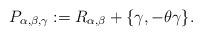
LaTeX: \begin{align*}P_{\alpha,\beta,\gamma} := R_{\alpha, \beta} + \{\gamma, -\theta\gamma\}. \end{align*}